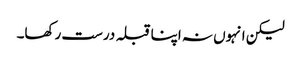
لیکن انہوں نہ اپنا قبلہ درست رکھا۔